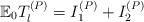
LaTeX: \begin{align*}\mathbb{E}_0T^{(P)}_l = I^{(P)}_1 + I^{(P)}_2\end{align*}